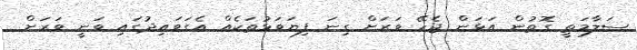
ސަލާމަތީ ގޮތުން އަޅަން ޖެހޭ ވަރަށް ގިނަ ފިޔަވަޅުތަކެއް އެގަވައިދުގައި ވަނީ ވަރަށް